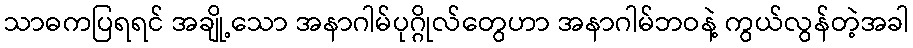
သာဓကပြရရင် အချို့သော အနာဂါမ်ပုဂ္ဂိုလ်တွေဟာ အနာဂါမ်ဘဝနဲ့ ကွယ်လွန်တဲ့အခါ